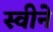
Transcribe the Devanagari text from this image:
स्वीने